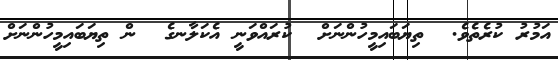
އަމުރު ކުރެތެވެ.  ތިޔަބައިމީހުންނަށް  ކުރައްވަނީ އެކަލާނގެ  ން ތިޔަބައިމީހުންނަށް